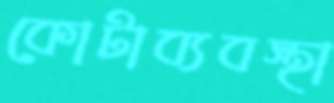
কোটাব্যবস্থা